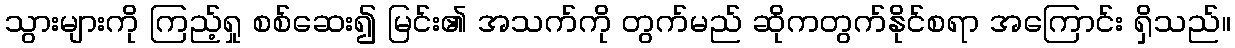
သွားများကို ကြည့်ရှု စစ်ဆေး၍ မြင်း၏ အသက်ကို တွက်မည် ဆိုကတွက်နိုင်စရာ အကြောင်း ရှိသည်။